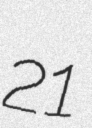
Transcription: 21